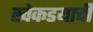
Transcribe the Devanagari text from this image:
खेकडयाची